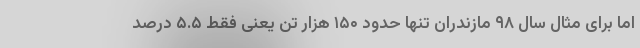
اما برای مثال سال ۹۸ مازندران تنها حدود ۱۵۰ هزار تن یعنی فقط ۵.۵ درصد